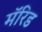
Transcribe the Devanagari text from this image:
मॅरिड